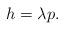
LaTeX: \begin{align*}h=\lambda p.\end{align*}